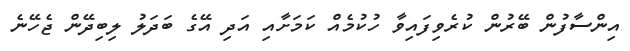
އިންސާފުން ބޭރުން ކުރެވިފައިވާ ހުކުމެއް ކަމަށާއި އަދި އޭގެ ބަދަލު ލިބިދޭން ޖެހޭނެ